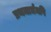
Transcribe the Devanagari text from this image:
प्रथमार्धमपि